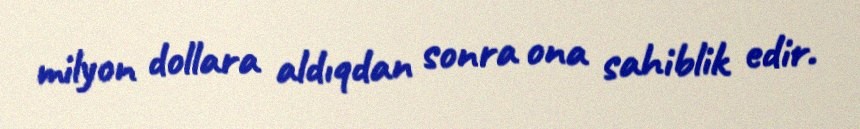
milyon dollara aldıqdan sonra ona sahiblik edir.